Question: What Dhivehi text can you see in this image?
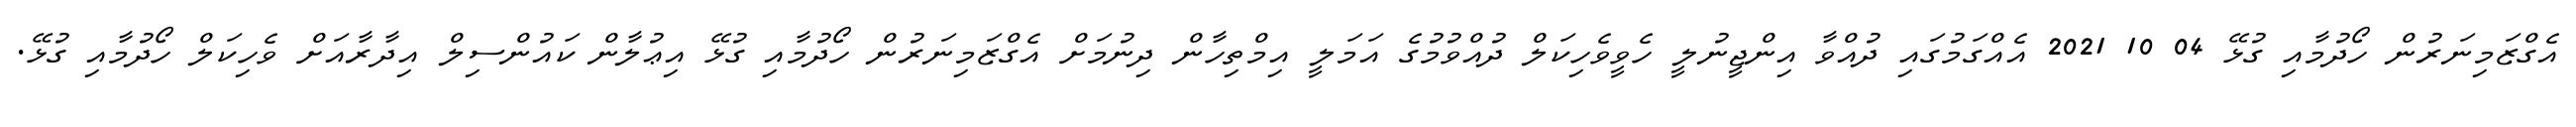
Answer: އެގްޒަމިނަރުން ހޯދުމާއި ގުޅޭ 04 10 2021 އެއްގަމުގައި ދުއްވާ އިންޖީނުލީ ހެވީވެހިކަލް ދުއްވުމުގެ އަމަލީ އިމްތިހާން ދިނުމަށް އެގްޒަމިނަރުން ހޯދުމާއި ގުޅޭ އިޢުލާން ކައުންސިލް އިދާރާއަށް ވެހިކަލް ހޯދުމާއި ގުޅޭ.